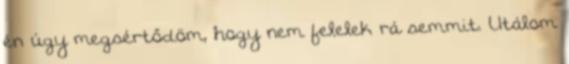
én úgy megsértődöm, hogy nem felelek rá semmit. Utálom